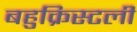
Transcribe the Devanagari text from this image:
बहुक्रिस्टली